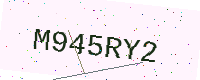
Text: M945RY2